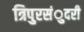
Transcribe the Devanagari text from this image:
त्रिपुरसंुदरी